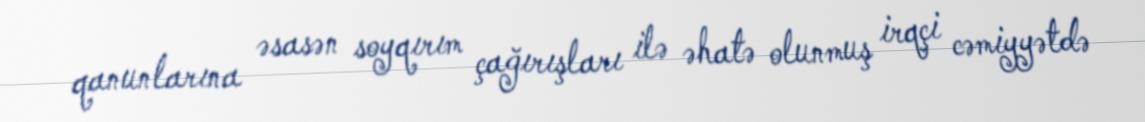
qanunlarına əsasən soyqırım çağırışları ilə əhatə olunmuş irqçi cəmiyyətdə